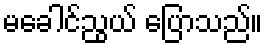
မခေါင်ညွယ် ပြောသည်။